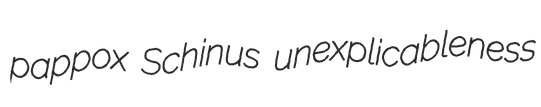
pappox Schinus unexplicableness